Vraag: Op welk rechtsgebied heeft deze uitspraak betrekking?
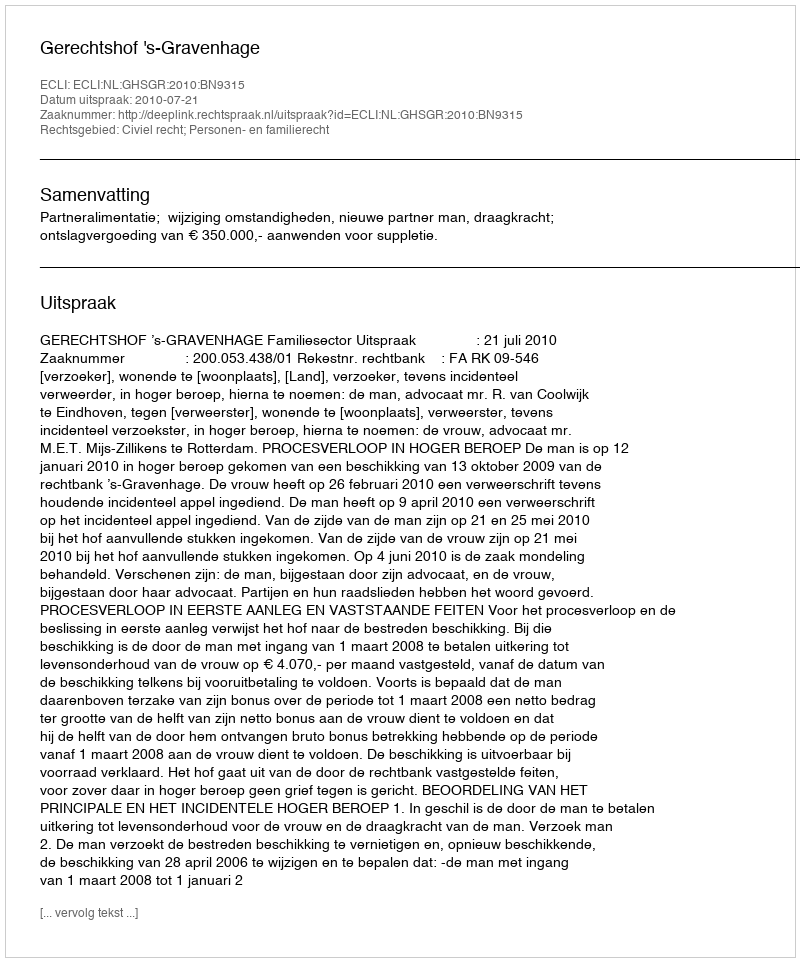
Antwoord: Civiel recht; Personen- en familierecht